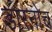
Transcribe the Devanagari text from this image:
डारनोच